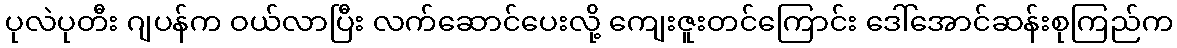
ပုလဲပုတီး ဂျပန်က ဝယ်လာပြီး လက်ဆောင်ပေးလို့ ကျေးဇူးတင်ကြောင်း ဒေါ်အောင်ဆန်းစုကြည်က